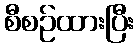
စီစဉ်ထားပြီး